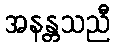
အနန္တသညီ